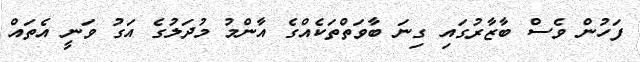
ފަހުން ވެސް ބާޒާރުގައި ގިނަ ބާވަތްތަކެއްގެ އާންމު މުދަލުގެ އަގު ވަނީ އެތައް